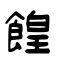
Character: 餭